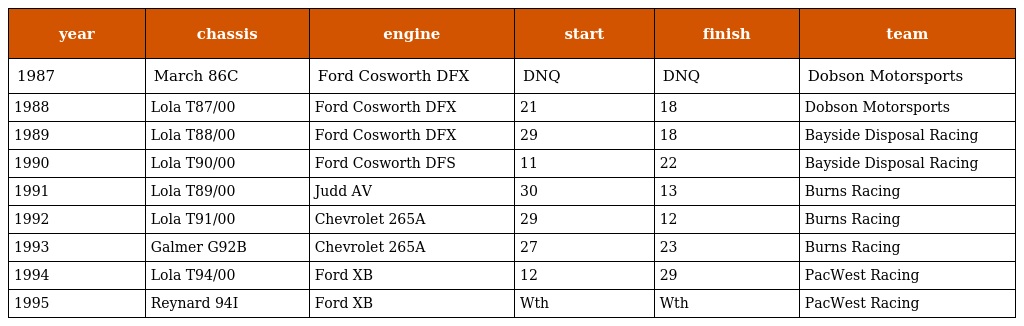
| year | chassis | engine | start | finish | team |
 | --- | --- | --- | --- | --- | --- |
 | 1987 | March 86C | Ford Cosworth DFX | DNQ | DNQ | Dobson Motorsports |
 | 1988 | Lola T87/00 | Ford Cosworth DFX | 21 | 18 | Dobson Motorsports |
 | 1989 | Lola T88/00 | Ford Cosworth DFX | 29 | 18 | Bayside Disposal Racing |
 | 1990 | Lola T90/00 | Ford Cosworth DFS | 11 | 22 | Bayside Disposal Racing |
 | 1991 | Lola T89/00 | Judd AV | 30 | 13 | Burns Racing |
 | 1992 | Lola T91/00 | Chevrolet 265A | 29 | 12 | Burns Racing |
 | 1993 | Galmer G92B | Chevrolet 265A | 27 | 23 | Burns Racing |
 | 1994 | Lola T94/00 | Ford XB | 12 | 29 | PacWest Racing |
 | 1995 | Reynard 94I | Ford XB | Wth | Wth | PacWest Racing |